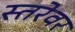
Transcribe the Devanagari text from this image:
स्तरेवर